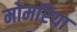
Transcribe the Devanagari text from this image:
मोमरिया